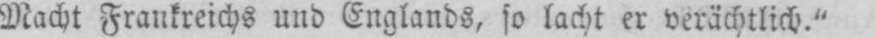
Macht Frankreichs und Englands, so lacht er verächtlich.”